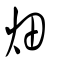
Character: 畑